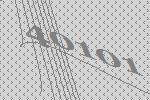
40101